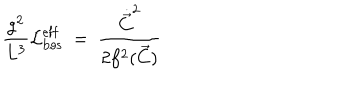
\frac { g ^ { 2 } } { L ^ { 3 } } { \cal L } _ { \mathrm { b o s } } ^ { \mathrm { e f f } } \ = \ \frac { \dot { \vec { C } } ^ { 2 } } { 2 f ^ { 2 } ( \vec { C } ) } \,